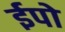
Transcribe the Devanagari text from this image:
ईपो